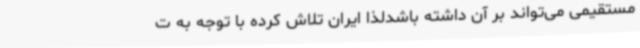
مستقیمی می‌تواند بر آن داشته باشدلذا ایران تلاش کرده با توجه به ت